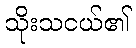
သိုးသငယ်၏